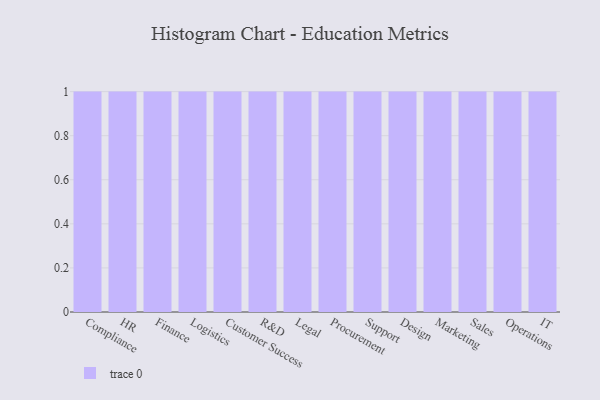
{"axis": {"x": "Department", "y": "Website Visitors"}, "legend": [""], "data": [{"x": "Compliance", "y": 16, "type": ""}, {"x": "HR", "y": 83, "type": ""}, {"x": "Finance", "y": 44, "type": ""}, {"x": "Logistics", "y": 1, "type": ""}, {"x": "Customer Success", "y": 44, "type": ""}, {"x": "R&D", "y": 92, "type": ""}, {"x": "Legal", "y": 80, "type": ""}, {"x": "Procurement", "y": 2, "type": ""}, {"x": "Support", "y": 88, "type": ""}, {"x": "Design", "y": 20, "type": ""}, {"x": "Marketing", "y": 79, "type": ""}, {"x": "Sales", "y": 43, "type": ""}, {"x": "Operations", "y": 7, "type": ""}, {"x": "IT", "y": 1, "type": ""}]}